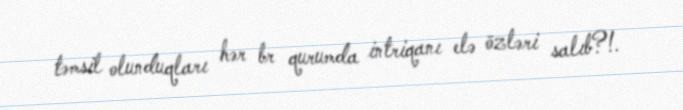
təmsil olunduqları hər br qurumda intriqanı elə özləri salıb?!.